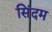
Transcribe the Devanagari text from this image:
सिंदम